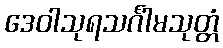
ဒေဝါသုရသင်္ဂါမသုတ္တံ